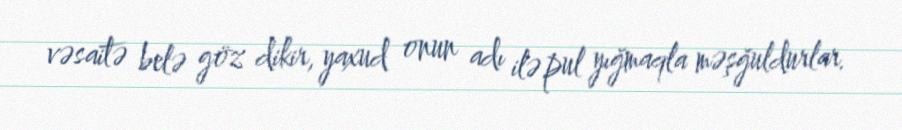
vəsaitə belə göz dikir, yaxud onun adı ilə pul yığmaqla məşğuldurlar.